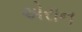
એરાન